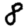
Digit: 8